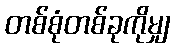
တစ်စုံတစ်ခုကိုမျှ